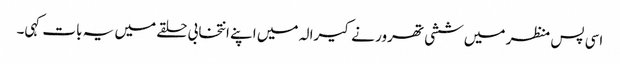
اسی پس منظر میں ششی تھرور نے کیرالہ میں اپنے انتخابی حلقے میں یہ بات کہی۔